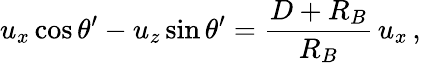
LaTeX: u_{x}\cos\theta^{\prime}-u_{z}\sin\theta^{\prime}={\frac{D+R_{B}}{R_{B}}}\, u_{x}\, ,